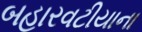
બહારવટીયાના